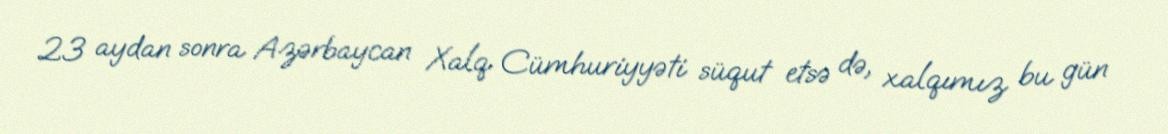
23 aydan sonra Azərbaycan Xalq Cümhuriyyəti süqut etsə də, xalqımız bu gün